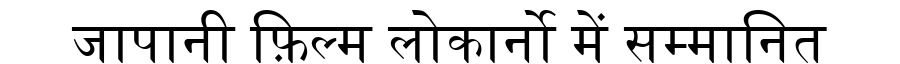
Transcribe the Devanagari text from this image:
जापानी फ़िल्म लोकार्नो में सम्मानित